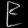
Digit: ၉